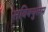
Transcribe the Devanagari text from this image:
सबिक्युलम